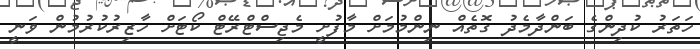
ހަތަރު ކުދިންގެ ބަންދާމެދު ގޮތެއް ނިންމުމަށް މާފުށީ މެޖިސްޓްރޭޓް ކޯޓަށް ހާޒިރުކުރުމުން ވަނީ